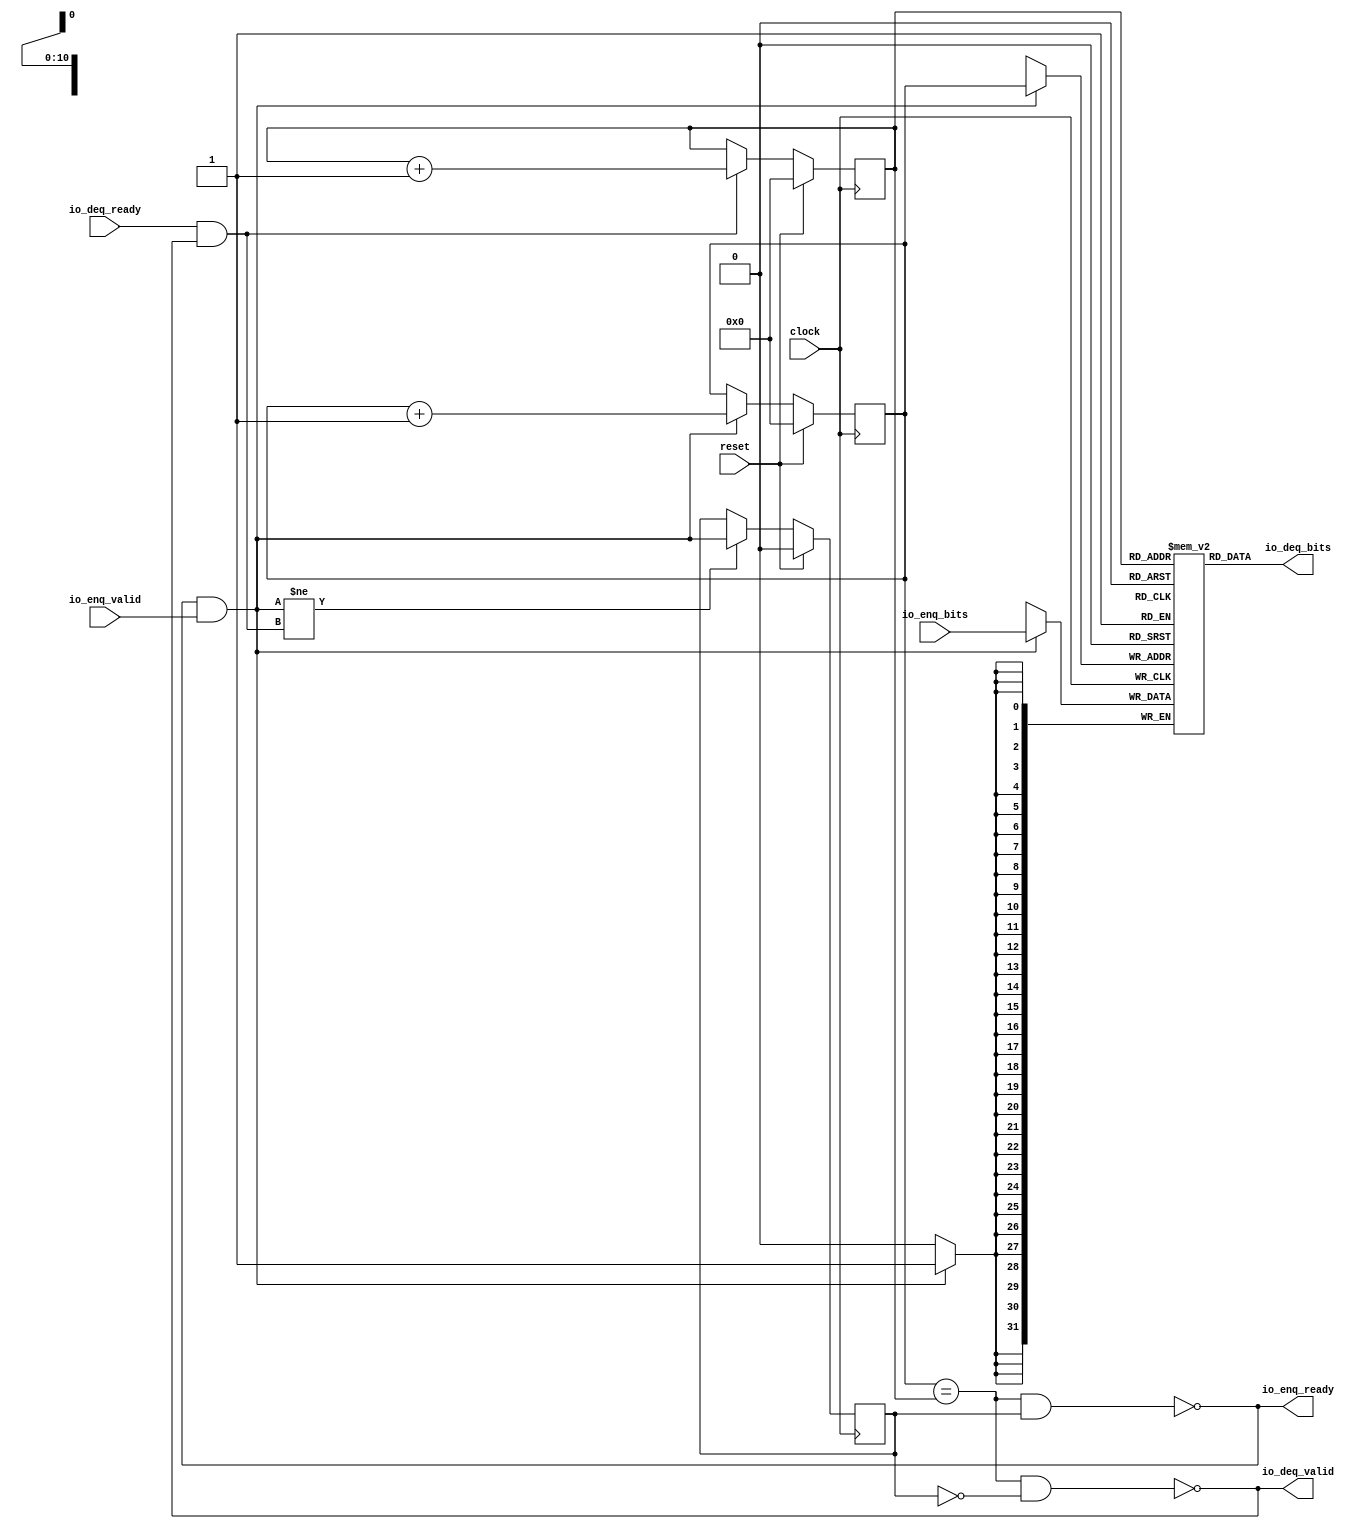
module Queue2048(
  input         clock,
  input         reset,
  output        io_enq_ready,
  input         io_enq_valid,
  input  [31:0] io_enq_bits,
  input         io_deq_ready,
  output        io_deq_valid,
  output [31:0] io_deq_bits
);
  reg [31:0] _T [0:2047]; // @[Decoupled.scala 209:24]
  reg [31:0] _RAND_0;
  wire [31:0] _T__T_18_data; // @[Decoupled.scala 209:24]
  wire [10:0] _T__T_18_addr; // @[Decoupled.scala 209:24]
  wire [31:0] _T__T_10_data; // @[Decoupled.scala 209:24]
  wire [10:0] _T__T_10_addr; // @[Decoupled.scala 209:24]
  wire  _T__T_10_mask; // @[Decoupled.scala 209:24]
  wire  _T__T_10_en; // @[Decoupled.scala 209:24]
  reg [10:0] value; // @[Counter.scala 29:33]
  reg [31:0] _RAND_1;
  reg [10:0] value_1; // @[Counter.scala 29:33]
  reg [31:0] _RAND_2;
  reg  _T_1; // @[Decoupled.scala 212:35]
  reg [31:0] _RAND_3;
  wire  _T_2; // @[Decoupled.scala 214:41]
  wire  _T_3; // @[Decoupled.scala 215:36]
  wire  _T_4; // @[Decoupled.scala 215:33]
  wire  _T_5; // @[Decoupled.scala 216:32]
  wire  _T_6; // @[Decoupled.scala 40:37]
  wire  _T_8; // @[Decoupled.scala 40:37]
  wire [10:0] _T_12; // @[Counter.scala 39:22]
  wire [10:0] _T_14; // @[Counter.scala 39:22]
  wire  _T_15; // @[Decoupled.scala 227:16]
  assign _T__T_18_addr = value_1;
  assign _T__T_18_data = _T[_T__T_18_addr]; // @[Decoupled.scala 209:24]
  assign _T__T_10_data = io_enq_bits;
  assign _T__T_10_addr = value;
  assign _T__T_10_mask = 1'h1;
  assign _T__T_10_en = io_enq_ready & io_enq_valid;
  assign _T_2 = value == value_1; // @[Decoupled.scala 214:41]
  assign _T_3 = ~_T_1; // @[Decoupled.scala 215:36]
  assign _T_4 = _T_2 & _T_3; // @[Decoupled.scala 215:33]
  assign _T_5 = _T_2 & _T_1; // @[Decoupled.scala 216:32]
  assign _T_6 = io_enq_ready & io_enq_valid; // @[Decoupled.scala 40:37]
  assign _T_8 = io_deq_ready & io_deq_valid; // @[Decoupled.scala 40:37]
  assign _T_12 = value + 11'h1; // @[Counter.scala 39:22]
  assign _T_14 = value_1 + 11'h1; // @[Counter.scala 39:22]
  assign _T_15 = _T_6 != _T_8; // @[Decoupled.scala 227:16]
  assign io_enq_ready = ~_T_5; // @[Decoupled.scala 232:16]
  assign io_deq_valid = ~_T_4; // @[Decoupled.scala 231:16]
  assign io_deq_bits = _T__T_18_data; // @[Decoupled.scala 233:15]
`ifdef RANDOMIZE_GARBAGE_ASSIGN
`define RANDOMIZE
`endif
`ifdef RANDOMIZE_INVALID_ASSIGN
`define RANDOMIZE
`endif
`ifdef RANDOMIZE_REG_INIT
`define RANDOMIZE
`endif
`ifdef RANDOMIZE_MEM_INIT
`define RANDOMIZE
`endif
`ifndef RANDOM
`define RANDOM $random
`endif
`ifdef RANDOMIZE_MEM_INIT
  integer initvar;
`endif
`ifndef SYNTHESIS
initial begin
  `ifdef RANDOMIZE
    `ifdef INIT_RANDOM
      `INIT_RANDOM
    `endif
    `ifndef VERILATOR
      `ifdef RANDOMIZE_DELAY
        #`RANDOMIZE_DELAY begin end
      `else
        #0.002 begin end
      `endif
    `endif
  _RAND_0 = {1{`RANDOM}};
  `ifdef RANDOMIZE_MEM_INIT
  for (initvar = 0; initvar < 2048; initvar = initvar+1)
    _T[initvar] = _RAND_0[31:0];
  `endif // RANDOMIZE_MEM_INIT
  `ifdef RANDOMIZE_REG_INIT
  _RAND_1 = {1{`RANDOM}};
  value = _RAND_1[10:0];
  `endif // RANDOMIZE_REG_INIT
  `ifdef RANDOMIZE_REG_INIT
  _RAND_2 = {1{`RANDOM}};
  value_1 = _RAND_2[10:0];
  `endif // RANDOMIZE_REG_INIT
  `ifdef RANDOMIZE_REG_INIT
  _RAND_3 = {1{`RANDOM}};
  _T_1 = _RAND_3[0:0];
  `endif // RANDOMIZE_REG_INIT
  `endif // RANDOMIZE
end // initial
`endif // SYNTHESIS
  always @(posedge clock) begin
    if(_T__T_10_en & _T__T_10_mask) begin
      _T[_T__T_10_addr] <= _T__T_10_data; // @[Decoupled.scala 209:24]
    end
    if (reset) begin
      value <= 11'h0;
    end else if (_T_6) begin
      value <= _T_12;
    end
    if (reset) begin
      value_1 <= 11'h0;
    end else if (_T_8) begin
      value_1 <= _T_14;
    end
    if (reset) begin
      _T_1 <= 1'h0;
    end else if (_T_15) begin
      _T_1 <= _T_6;
    end
  end
endmodule
module Queue2048_1(
  input   clock,
  input   reset,
  output  io_enq_ready,
  input   io_enq_valid,
  input   io_enq_bits,
  input   io_deq_ready,
  output  io_deq_valid,
  output  io_deq_bits
);
  reg  _T [0:2047]; // @[Decoupled.scala 209:24]
  reg [31:0] _RAND_0;
  wire  _T__T_18_data; // @[Decoupled.scala 209:24]
  wire [10:0] _T__T_18_addr; // @[Decoupled.scala 209:24]
  wire  _T__T_10_data; // @[Decoupled.scala 209:24]
  wire [10:0] _T__T_10_addr; // @[Decoupled.scala 209:24]
  wire  _T__T_10_mask; // @[Decoupled.scala 209:24]
  wire  _T__T_10_en; // @[Decoupled.scala 209:24]
  reg [10:0] value; // @[Counter.scala 29:33]
  reg [31:0] _RAND_1;
  reg [10:0] value_1; // @[Counter.scala 29:33]
  reg [31:0] _RAND_2;
  reg  _T_1; // @[Decoupled.scala 212:35]
  reg [31:0] _RAND_3;
  wire  _T_2; // @[Decoupled.scala 214:41]
  wire  _T_3; // @[Decoupled.scala 215:36]
  wire  _T_4; // @[Decoupled.scala 215:33]
  wire  _T_5; // @[Decoupled.scala 216:32]
  wire  _T_6; // @[Decoupled.scala 40:37]
  wire  _T_8; // @[Decoupled.scala 40:37]
  wire [10:0] _T_12; // @[Counter.scala 39:22]
  wire [10:0] _T_14; // @[Counter.scala 39:22]
  wire  _T_15; // @[Decoupled.scala 227:16]
  assign _T__T_18_addr = value_1;
  assign _T__T_18_data = _T[_T__T_18_addr]; // @[Decoupled.scala 209:24]
  assign _T__T_10_data = io_enq_bits;
  assign _T__T_10_addr = value;
  assign _T__T_10_mask = 1'h1;
  assign _T__T_10_en = io_enq_ready & io_enq_valid;
  assign _T_2 = value == value_1; // @[Decoupled.scala 214:41]
  assign _T_3 = ~_T_1; // @[Decoupled.scala 215:36]
  assign _T_4 = _T_2 & _T_3; // @[Decoupled.scala 215:33]
  assign _T_5 = _T_2 & _T_1; // @[Decoupled.scala 216:32]
  assign _T_6 = io_enq_ready & io_enq_valid; // @[Decoupled.scala 40:37]
  assign _T_8 = io_deq_ready & io_deq_valid; // @[Decoupled.scala 40:37]
  assign _T_12 = value + 11'h1; // @[Counter.scala 39:22]
  assign _T_14 = value_1 + 11'h1; // @[Counter.scala 39:22]
  assign _T_15 = _T_6 != _T_8; // @[Decoupled.scala 227:16]
  assign io_enq_ready = ~_T_5; // @[Decoupled.scala 232:16]
  assign io_deq_valid = ~_T_4; // @[Decoupled.scala 231:16]
  assign io_deq_bits = _T__T_18_data; // @[Decoupled.scala 233:15]
`ifdef RANDOMIZE_GARBAGE_ASSIGN
`define RANDOMIZE
`endif
`ifdef RANDOMIZE_INVALID_ASSIGN
`define RANDOMIZE
`endif
`ifdef RANDOMIZE_REG_INIT
`define RANDOMIZE
`endif
`ifdef RANDOMIZE_MEM_INIT
`define RANDOMIZE
`endif
`ifndef RANDOM
`define RANDOM $random
`endif
`ifdef RANDOMIZE_MEM_INIT
  integer initvar;
`endif
`ifndef SYNTHESIS
initial begin
  `ifdef RANDOMIZE
    `ifdef INIT_RANDOM
      `INIT_RANDOM
    `endif
    `ifndef VERILATOR
      `ifdef RANDOMIZE_DELAY
        #`RANDOMIZE_DELAY begin end
      `else
        #0.002 begin end
      `endif
    `endif
  _RAND_0 = {1{`RANDOM}};
  `ifdef RANDOMIZE_MEM_INIT
  for (initvar = 0; initvar < 2048; initvar = initvar+1)
    _T[initvar] = _RAND_0[0:0];
  `endif // RANDOMIZE_MEM_INIT
  `ifdef RANDOMIZE_REG_INIT
  _RAND_1 = {1{`RANDOM}};
  value = _RAND_1[10:0];
  `endif // RANDOMIZE_REG_INIT
  `ifdef RANDOMIZE_REG_INIT
  _RAND_2 = {1{`RANDOM}};
  value_1 = _RAND_2[10:0];
  `endif // RANDOMIZE_REG_INIT
  `ifdef RANDOMIZE_REG_INIT
  _RAND_3 = {1{`RANDOM}};
  _T_1 = _RAND_3[0:0];
  `endif // RANDOMIZE_REG_INIT
  `endif // RANDOMIZE
end // initial
`endif // SYNTHESIS
  always @(posedge clock) begin
    if(_T__T_10_en & _T__T_10_mask) begin
      _T[_T__T_10_addr] <= _T__T_10_data; // @[Decoupled.scala 209:24]
    end
    if (reset) begin
      value <= 11'h0;
    end else if (_T_6) begin
      value <= _T_12;
    end
    if (reset) begin
      value_1 <= 11'h0;
    end else if (_T_8) begin
      value_1 <= _T_14;
    end
    if (reset) begin
      _T_1 <= 1'h0;
    end else if (_T_15) begin
      _T_1 <= _T_6;
    end
  end
endmodule
module QueueLastGbemac2048(
  input         clock,
  input         reset,
  output        io_full,
  input         io_deq_ready,
  output        io_deq_valid,
  output [31:0] io_deq_bits,
  output        io_enq_ready,
  input         io_enq_valid,
  input  [31:0] io_enq_bits,
  input         io_enq_last,
  output        io_deq_last
);
  wire  q_clock; // @[QueueGbemac.scala 79:17]
  wire  q_reset; // @[QueueGbemac.scala 79:17]
  wire  q_io_enq_ready; // @[QueueGbemac.scala 79:17]
  wire  q_io_enq_valid; // @[QueueGbemac.scala 79:17]
  wire [31:0] q_io_enq_bits; // @[QueueGbemac.scala 79:17]
  wire  q_io_deq_ready; // @[QueueGbemac.scala 79:17]
  wire  q_io_deq_valid; // @[QueueGbemac.scala 79:17]
  wire [31:0] q_io_deq_bits; // @[QueueGbemac.scala 79:17]
  wire  q_last_clock; // @[QueueGbemac.scala 81:22]
  wire  q_last_reset; // @[QueueGbemac.scala 81:22]
  wire  q_last_io_enq_ready; // @[QueueGbemac.scala 81:22]
  wire  q_last_io_enq_valid; // @[QueueGbemac.scala 81:22]
  wire  q_last_io_enq_bits; // @[QueueGbemac.scala 81:22]
  wire  q_last_io_deq_ready; // @[QueueGbemac.scala 81:22]
  wire  q_last_io_deq_valid; // @[QueueGbemac.scala 81:22]
  wire  q_last_io_deq_bits; // @[QueueGbemac.scala 81:22]
  reg [31:0] counter; // @[QueueGbemac.scala 83:24]
  reg [31:0] _RAND_0;
  wire  _T; // @[Decoupled.scala 40:37]
  wire  _T_1; // @[Decoupled.scala 40:37]
  wire  _T_2; // @[QueueGbemac.scala 86:25]
  wire  _T_3; // @[QueueGbemac.scala 86:22]
  wire [31:0] _T_5; // @[QueueGbemac.scala 87:24]
  wire  _T_7; // @[QueueGbemac.scala 88:14]
  wire  _T_9; // @[QueueGbemac.scala 88:29]
  wire [31:0] _T_11; // @[QueueGbemac.scala 89:24]
  wire  _T_12; // @[QueueGbemac.scala 95:37]
  Queue2048 q ( // @[QueueGbemac.scala 79:17]
    .clock(q_clock),
    .reset(q_reset),
    .io_enq_ready(q_io_enq_ready),
    .io_enq_valid(q_io_enq_valid),
    .io_enq_bits(q_io_enq_bits),
    .io_deq_ready(q_io_deq_ready),
    .io_deq_valid(q_io_deq_valid),
    .io_deq_bits(q_io_deq_bits)
  );
  Queue2048_1 q_last ( // @[QueueGbemac.scala 81:22]
    .clock(q_last_clock),
    .reset(q_last_reset),
    .io_enq_ready(q_last_io_enq_ready),
    .io_enq_valid(q_last_io_enq_valid),
    .io_enq_bits(q_last_io_enq_bits),
    .io_deq_ready(q_last_io_deq_ready),
    .io_deq_valid(q_last_io_deq_valid),
    .io_deq_bits(q_last_io_deq_bits)
  );
  /*reg full_reg;
  always @(posedge clock) begin
    if (reset) begin
      counter <= 32'h0;
    end
    else 
        full_reg <= (counter >= 32'h7f0);
  end*/
  assign _T = io_enq_ready & io_enq_valid; // @[Decoupled.scala 40:37]
  assign _T_1 = io_deq_ready & io_deq_valid; // @[Decoupled.scala 40:37]
  assign _T_2 = ~_T_1; // @[QueueGbemac.scala 86:25]
  assign _T_3 = _T & _T_2; // @[QueueGbemac.scala 86:22]
  assign _T_5 = counter + 32'h1; // @[QueueGbemac.scala 87:24]
  assign _T_7 = ~_T; // @[QueueGbemac.scala 88:14]
  assign _T_9 = _T_7 & _T_1; // @[QueueGbemac.scala 88:29]
  assign _T_11 = counter - 32'h1; // @[QueueGbemac.scala 89:24]
  assign _T_12 = ~io_full; // @[QueueGbemac.scala 95:37]
  //assign io_full = counter == 32'h7f0; // @[QueueGbemac.scala 106:11]
  assign io_full = counter >= 32'h7f0; // @[QueueGbemac.scala 106:11]
  //assign io_full = full_reg; // @[QueueGbemac.scala 106:11]
  assign io_deq_valid = q_io_deq_valid; // @[QueueGbemac.scala 98:10]
  assign io_deq_bits = q_io_deq_bits; // @[QueueGbemac.scala 98:10]
  //assign io_enq_ready = q_io_enq_ready & _T_12; // @[QueueGbemac.scala 96:16]
  //assign io_enq_ready = q_io_enq_ready & !full_reg; // @[QueueGbemac.scala 96:16]
  assign io_enq_ready = q_io_enq_ready; // @[QueueGbemac.scala 96:16]
  assign io_deq_last = q_last_io_deq_bits; // @[QueueGbemac.scala 104:15]
  assign q_clock = clock;
  assign q_reset = reset;
  //assign q_io_enq_valid = io_enq_valid & _T_12; // @[QueueGbemac.scala 95:18]
  //assign q_io_enq_valid = io_enq_valid & !full_reg; // @[QueueGbemac.scala 95:18]
  assign q_io_enq_valid = io_enq_valid; // @[QueueGbemac.scala 95:18]
  assign q_io_enq_bits = io_enq_bits; // @[QueueGbemac.scala 93:17]
  assign q_io_deq_ready = io_deq_ready; // @[QueueGbemac.scala 98:10]
  assign q_last_clock = clock;
  assign q_last_reset = reset;
  //assign q_last_io_enq_valid = io_enq_valid & _T_12; // @[QueueGbemac.scala 101:23]
  assign q_last_io_enq_valid = io_enq_valid; // @[QueueGbemac.scala 101:23]
  assign q_last_io_enq_bits = io_enq_last; // @[QueueGbemac.scala 100:22]
  assign q_last_io_deq_ready = io_deq_ready; // @[QueueGbemac.scala 103:23]
`ifdef RANDOMIZE_GARBAGE_ASSIGN
`define RANDOMIZE
`endif
`ifdef RANDOMIZE_INVALID_ASSIGN
`define RANDOMIZE
`endif
`ifdef RANDOMIZE_REG_INIT
`define RANDOMIZE
`endif
`ifdef RANDOMIZE_MEM_INIT
`define RANDOMIZE
`endif
`ifndef RANDOM
`define RANDOM $random
`endif
`ifdef RANDOMIZE_MEM_INIT
  integer initvar;
`endif
`ifndef SYNTHESIS
initial begin
  `ifdef RANDOMIZE
    `ifdef INIT_RANDOM
      `INIT_RANDOM
    `endif
    `ifndef VERILATOR
      `ifdef RANDOMIZE_DELAY
        #`RANDOMIZE_DELAY begin end
      `else
        #0.002 begin end
      `endif
    `endif
  `ifdef RANDOMIZE_REG_INIT
  _RAND_0 = {1{`RANDOM}};
  counter = _RAND_0[31:0];
  `endif // RANDOMIZE_REG_INIT
  `endif // RANDOMIZE
end // initial
`endif // SYNTHESIS
  always @(posedge clock) begin
    if (reset) begin
      counter <= 32'h0;
    end else if (_T_3) begin
      counter <= _T_5;
    end else if (_T_9) begin
      counter <= _T_11;
    end
  end
endmodule

/*
module QueueLastGbemac2048_2(
  input         clock,
  input         reset,
  output        io_full,
  input         io_deq_ready,
  output        io_deq_valid,
  output [31:0] io_deq_bits,
  output        io_enq_ready,
  input         io_enq_valid,
  input  [31:0] io_enq_bits,
  input         io_enq_last,
  output        io_deq_last
);
  wire  q_clock; // @[QueueGbemac.scala 79:17]
  wire  q_reset; // @[QueueGbemac.scala 79:17]
  wire  q_io_enq_ready; // @[QueueGbemac.scala 79:17]
  wire  q_io_enq_valid; // @[QueueGbemac.scala 79:17]
  wire [31:0] q_io_enq_bits; // @[QueueGbemac.scala 79:17]
  wire  q_io_deq_ready; // @[QueueGbemac.scala 79:17]
  wire  q_io_deq_valid; // @[QueueGbemac.scala 79:17]
  wire [31:0] q_io_deq_bits; // @[QueueGbemac.scala 79:17]
  wire  q_last_clock; // @[QueueGbemac.scala 81:22]
  wire  q_last_reset; // @[QueueGbemac.scala 81:22]
  wire  q_last_io_enq_ready; // @[QueueGbemac.scala 81:22]
  wire  q_last_io_enq_valid; // @[QueueGbemac.scala 81:22]
  wire  q_last_io_enq_bits; // @[QueueGbemac.scala 81:22]
  wire  q_last_io_deq_ready; // @[QueueGbemac.scala 81:22]
  wire  q_last_io_deq_valid; // @[QueueGbemac.scala 81:22]
  wire  q_last_io_deq_bits; // @[QueueGbemac.scala 81:22]
  reg [31:0] counter; // @[QueueGbemac.scala 83:24]
  reg [31:0] _RAND_0;
  wire  _T; // @[Decoupled.scala 40:37]
  wire  _T_1; // @[Decoupled.scala 40:37]
  wire  _T_2; // @[QueueGbemac.scala 86:25]
  wire  _T_3; // @[QueueGbemac.scala 86:22]
  wire [31:0] _T_5; // @[QueueGbemac.scala 87:24]
  wire  _T_7; // @[QueueGbemac.scala 88:14]
  wire  _T_9; // @[QueueGbemac.scala 88:29]
  wire [31:0] _T_11; // @[QueueGbemac.scala 89:24]
  wire  _T_12; // @[QueueGbemac.scala 95:37]
  Queue2048 q ( // @[QueueGbemac.scala 79:17]
    .clock(q_clock),
    .reset(q_reset),
    .io_enq_ready(q_io_enq_ready),
    .io_enq_valid(q_io_enq_valid),
    .io_enq_bits(q_io_enq_bits),
    .io_deq_ready(q_io_deq_ready),
    .io_deq_valid(q_io_deq_valid),
    .io_deq_bits(q_io_deq_bits)
  );
  Queue2048_1 q_last ( // @[QueueGbemac.scala 81:22]
    .clock(q_last_clock),
    .reset(q_last_reset),
    .io_enq_ready(q_last_io_enq_ready),
    .io_enq_valid(q_last_io_enq_valid),
    .io_enq_bits(q_last_io_enq_bits),
    .io_deq_ready(q_last_io_deq_ready),
    .io_deq_valid(q_last_io_deq_valid),
    .io_deq_bits(q_last_io_deq_bits)
  );
  reg full_reg;
  always @(posedge clock) begin
    if (reset) begin
      counter <= 32'h0;
    end
    else 
        full_reg <= (counter >= 32'h7f0);
  end
  assign _T = io_enq_ready & io_enq_valid; // @[Decoupled.scala 40:37]
  assign _T_1 = io_deq_ready & io_deq_valid; // @[Decoupled.scala 40:37]
  assign _T_2 = ~_T_1; // @[QueueGbemac.scala 86:25]
  assign _T_3 = _T & _T_2; // @[QueueGbemac.scala 86:22]
  assign _T_5 = counter + 32'h1; // @[QueueGbemac.scala 87:24]
  assign _T_7 = ~_T; // @[QueueGbemac.scala 88:14]
  assign _T_9 = _T_7 & _T_1; // @[QueueGbemac.scala 88:29]
  assign _T_11 = counter - 32'h1; // @[QueueGbemac.scala 89:24]
  assign _T_12 = ~io_full; // @[QueueGbemac.scala 95:37]
  //assign io_full = counter == 32'h7f0; // @[QueueGbemac.scala 106:11]
  assign io_full = counter >= 32'h7f0; // @[QueueGbemac.scala 106:11]
  assign io_deq_valid = q_io_deq_valid; // @[QueueGbemac.scala 98:10]
  assign io_deq_bits = q_io_deq_bits; // @[QueueGbemac.scala 98:10]
  assign io_enq_ready = q_io_enq_ready & _T_12; // @[QueueGbemac.scala 96:16]
  assign io_deq_last = q_last_io_deq_bits; // @[QueueGbemac.scala 104:15]
  assign q_clock = clock;
  assign q_reset = reset;
  //assign q_io_enq_valid = io_enq_valid & _T_12; // @[QueueGbemac.scala 95:18]
  assign q_io_enq_valid = io_enq_valid & (_T_12 || !full_reg); // @[QueueGbemac.scala 95:18]
  assign q_io_enq_bits = io_enq_bits; // @[QueueGbemac.scala 93:17]
  assign q_io_deq_ready = io_deq_ready; // @[QueueGbemac.scala 98:10]
  assign q_last_clock = clock;
  assign q_last_reset = reset;
  assign q_last_io_enq_valid = io_enq_valid & _T_12; // @[QueueGbemac.scala 101:23]
  assign q_last_io_enq_bits = io_enq_last; // @[QueueGbemac.scala 100:22]
  assign q_last_io_deq_ready = io_deq_ready; // @[QueueGbemac.scala 103:23]
`ifdef RANDOMIZE_GARBAGE_ASSIGN
`define RANDOMIZE
`endif
`ifdef RANDOMIZE_INVALID_ASSIGN
`define RANDOMIZE
`endif
`ifdef RANDOMIZE_REG_INIT
`define RANDOMIZE
`endif
`ifdef RANDOMIZE_MEM_INIT
`define RANDOMIZE
`endif
`ifndef RANDOM
`define RANDOM $random
`endif
`ifdef RANDOMIZE_MEM_INIT
  integer initvar;
`endif
`ifndef SYNTHESIS
initial begin
  `ifdef RANDOMIZE
    `ifdef INIT_RANDOM
      `INIT_RANDOM
    `endif
    `ifndef VERILATOR
      `ifdef RANDOMIZE_DELAY
        #`RANDOMIZE_DELAY begin end
      `else
        #0.002 begin end
      `endif
    `endif
  `ifdef RANDOMIZE_REG_INIT
  _RAND_0 = {1{`RANDOM}};
  counter = _RAND_0[31:0];
  `endif // RANDOMIZE_REG_INIT
  `endif // RANDOMIZE
end // initial
`endif // SYNTHESIS
  always @(posedge clock) begin
    if (reset) begin
      counter <= 32'h0;
    end else if (_T_3) begin
      counter <= _T_5;
    end else if (_T_9) begin
      counter <= _T_11;
    end
  end
endmodule
*/